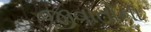
જીવાતોના